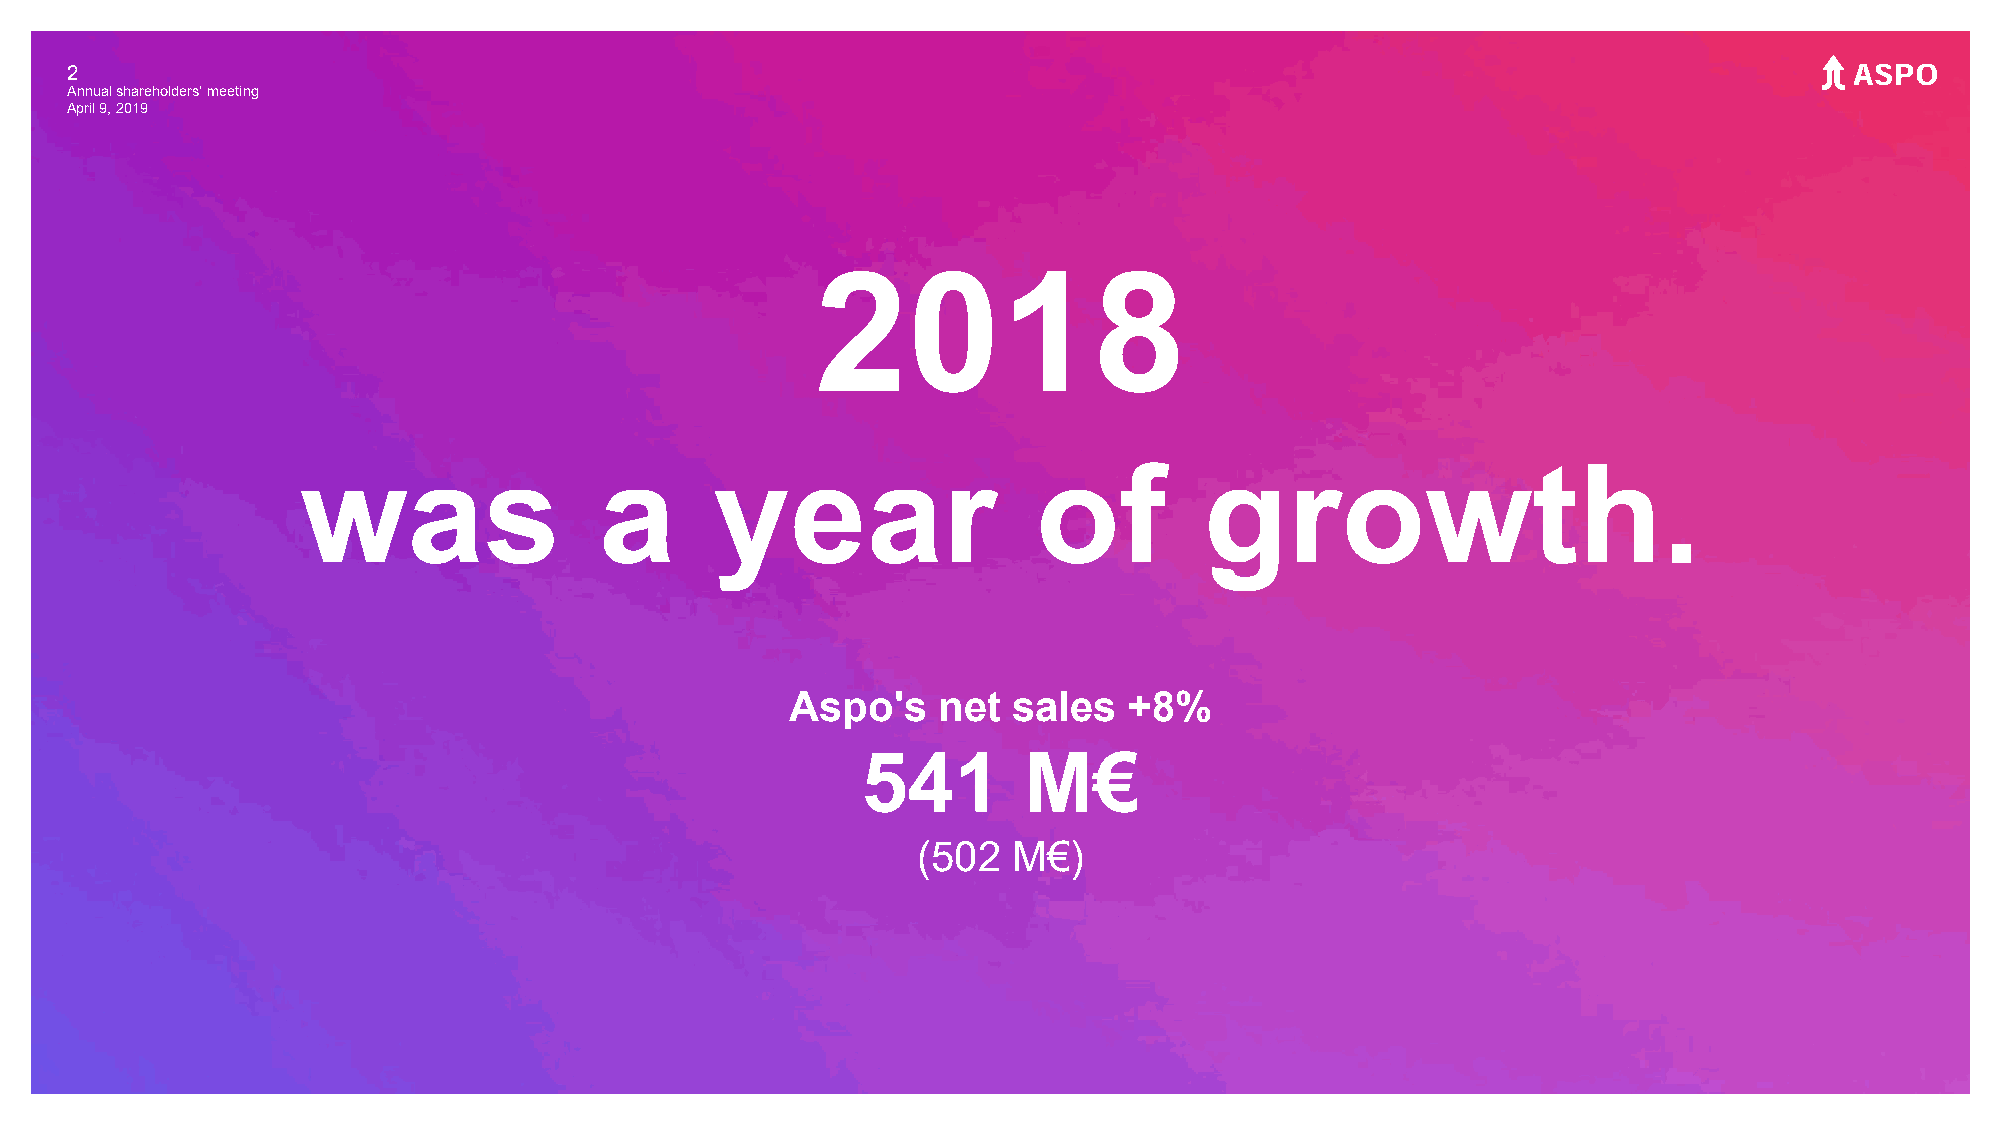
2
 Annual shareholders' meeting
 April 9, 2019
 2018
 was                 a      year                  of         growth.
 Aspo's    net  sales   +8%
 541        M€
 (502  M€)